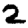
Digit: 2